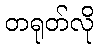
တရုတ်လို